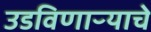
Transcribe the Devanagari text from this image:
उडविणाऱ्याचे